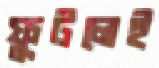
ফুটলেই